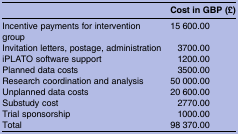
|  | Cost in GBP (£) |
 | --- | --- |
 | Incentive payments for intervention group | 15 600.00 |
 | Invitation letters, postage, administration | 3700.00 |
 | iPLATO software support | 1200.00 |
 | Planned data costs | 3500.00 |
 | Research coordination and analysis | 50 000.00 |
 | Unplanned data costs | 20 600.00 |
 | Substudy cost | 2770.00 |
 | Trial sponsorship | 1000.00 |
 | Total | 98 370.00 |